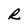
Character: R